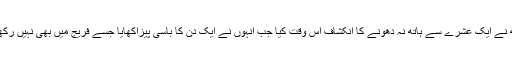
ہیگ سیٹھ نے ایک عشرے سے ہاتھ نہ دھونے کا انکشاف اس وقت کیا جب انہوں نے ایک دن کا باسی پیزاکھایا جسے فریج میں بھی نہیں رکھا گیا تھا۔